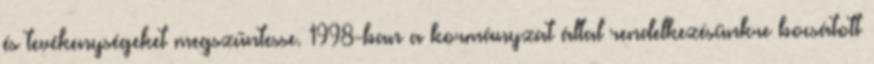
és tevékenységeket megszűntesse. 1998-ban a kormányzat által rendelkezésünkre bocsátott